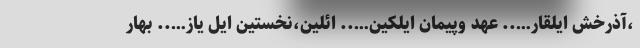
،آذرخش ایلقار….. عهد وپیمان ایلکین….. ائلین،نخستین ایل یاز….. بهار